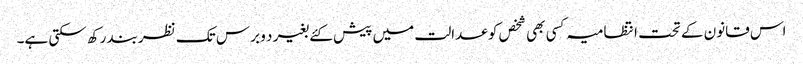
اس قانون کے تحت انتظامیہ کسی بھی شخص کو عدالت میں پیش کئے بغیر د و برس تک نظربند رکھ سکتی ہے۔